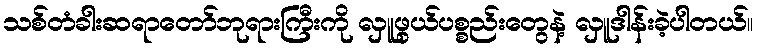
သစ်တံခါးဆရာတော်ဘုရားကြီးကို လှူဖွယ်ပစ္စည်းတွေနဲ့ လှူဒါန်းခဲ့ပါတယ်။